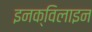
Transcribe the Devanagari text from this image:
इनक्विलाइन